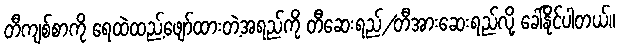
တီကျစ်စာကို ရေထဲထည့်ဖျော်ထားတဲ့အရည်ကို တီဆေးရည်/တီအားဆေးရည်လို့ ခေါ်နိုင်ပါတယ်။